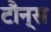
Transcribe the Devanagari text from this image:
टौन्स